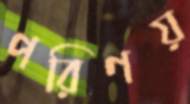
পরিণয়